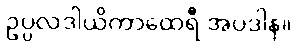
ဥပ္ပလဒါယိကာထေရီ အပဒါန။